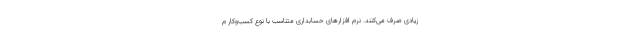
زیادی صرف می‌کنند. نرم افزارهای حسابداری متناسب با نوع کسب‌وکار م